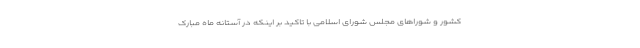
کشور و شوراهای مجلس شورای اسلامی با تاکید بر اینکه در آستانه ماه مبارک